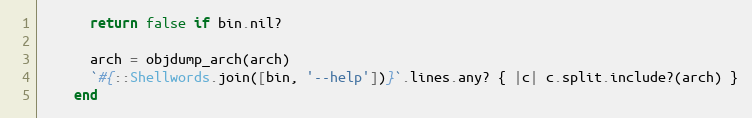
Language: Ruby
      return false if bin.nil?

      arch = objdump_arch(arch)
      `#{::Shellwords.join([bin, '--help'])}`.lines.any? { |c| c.split.include?(arch) }
    end